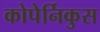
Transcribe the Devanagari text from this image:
कोपेर्निकुस